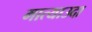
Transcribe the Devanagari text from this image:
मात्याउदा